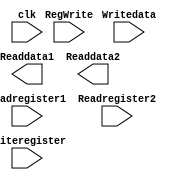
`timescale 1ns / 1ps
//////////////////////////////////////////////////////////////////////////////////
// Company: 
// Engineer: 
// 
// Design Name: 
// Module Name: Instructionmemory
// Project Name: 
// Target Devices: 
// Tool Versions: 
// Description: 
// 
// Dependencies: 
// 
// Revision:
// Revision 0.01 - File Created
// Additional Comments:
// 
//////////////////////////////////////////////////////////////////////////////////


module Registers(
clk,
Readregister1,
Readregister2,
Writeregister,
Writedata,
RegWrite,
Readdata1,
Readdata2,
    );
    
    input clk, RegWrite;
    input [4:0] Readregister1, Readregister2,Writeregister;
    input [31:0] Writedata;
    output [31:0] Readdata1, Readdata2;
    
endmodule